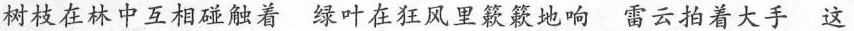
树枝在林中互相碰触着 绿叶在狂风里簌簌地响 雷云拍着大手 这